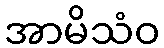
အာမိသံဝ